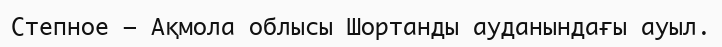
Степное – Ақмола облысы Шортанды ауданындағы ауыл.